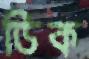
ডিক